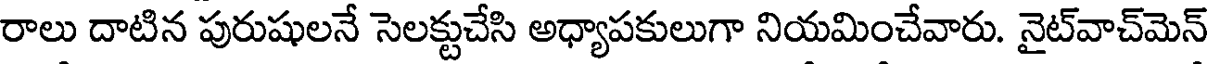
రాలు దాటిన పురుషులనే సెలక్టుచేసి అధ్యాపకులుగా నియమించేవారు. నైట్వాచ్మెన్